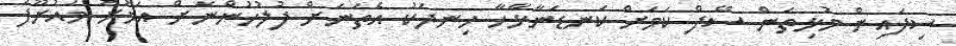
ސިފައިން މުޅިތަން ސޭފް ކަމަށް ކަނޑަނާޅާހާ ހިނދަކު އެތަނަށް ފުލުހުންނަށް އަމުރު މައުރޫފު